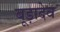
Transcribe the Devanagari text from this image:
बूड़ादेव